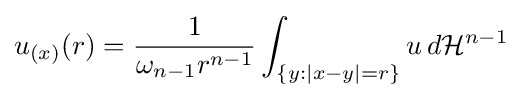
u_{(x)}(r)={\frac {1}{\omega _{n-1}r^{n-1}}}\int _{\{y:|x-y|=r\}}u\,d{\mathcal {H}}^{n-1}